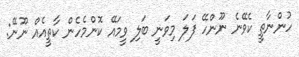
ހުންނާތީ ކެވޭނެ ނޫންހޭ ފަލަ މިވަނީ ބަލި ވީމައޭ ކޮންމެހެން ކާތީއެއް ނޫނޭ: